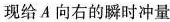
(1)A、B碰后瞬间，两者的速度大小；